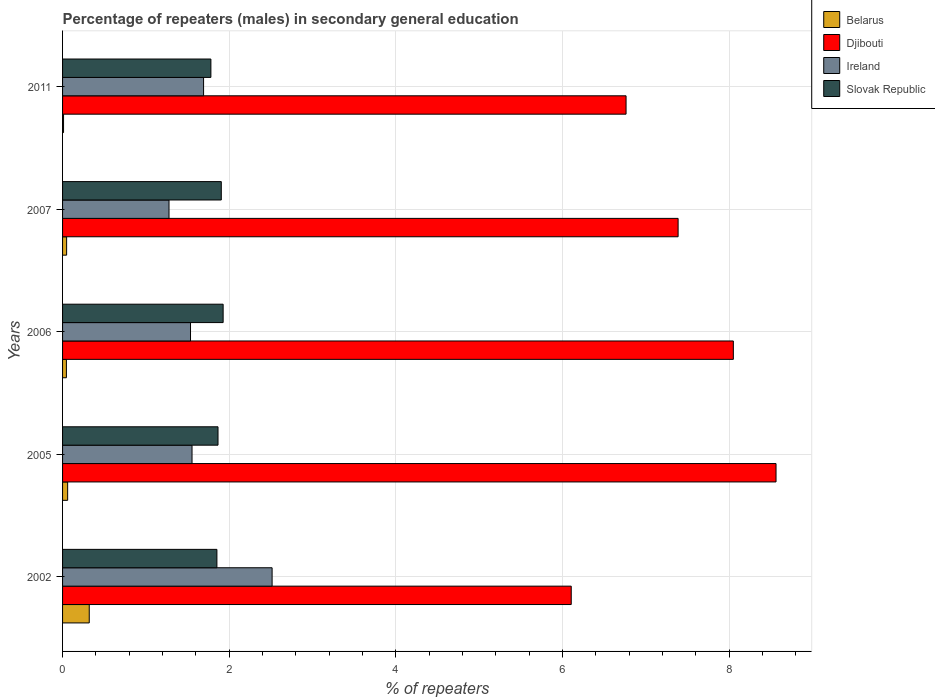
| Years | Belarus | Djibouti | Ireland | Slovak Republic |
 | --- | --- | --- | --- | --- |
 | 2002 | 0.32 | 6.1 | 2.51 | 1.85 |
 | 2005 | 0.0611 | 8.56 | 1.55 | 1.87 |
 | 2006 | 0.046 | 8.05 | 1.54 | 1.93 |
 | 2007 | 0.0487 | 7.39 | 1.28 | 1.9 |
 | 2011 | 0.0118 | 6.76 | 1.69 | 1.78 |